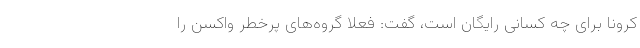
کرونا برای چه کسانی رایگان است، گفت: فعلا گروه‌های پرخطر واکسن را